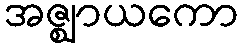
အဇ္ဈာယကော